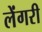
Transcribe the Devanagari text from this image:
लेंगरी